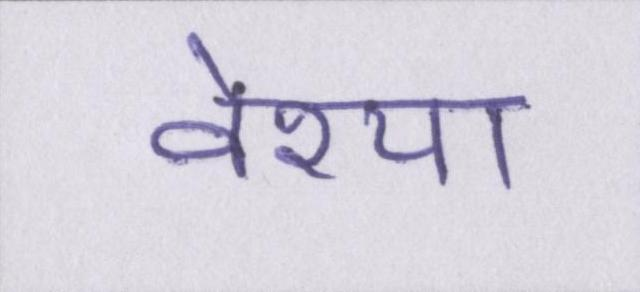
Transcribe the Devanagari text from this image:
वेश्या